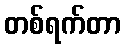
တစ်ရက်တာ